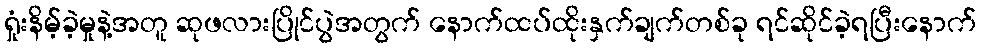
ရှုံးနိမ့်ခဲ့မှုနဲ့အတူ ဆုဖလားပြိုင်ပွဲအတွက် နောက်ထပ်ထိုးနှက်ချက်တစ်ခု ရင်ဆိုင်ခဲ့ရပြီးနောက်